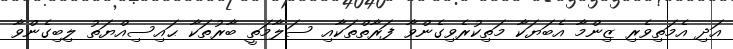
އަދި އެމަތިވެރި ޒިންމާ އެބަޔަކާ މަތިކުރެވިގެންވާ ފަރާތްތަކާއި ސަލާމަތީ ބާރުތަކާ ޙައިސިއްޔަތު ލިބިގެންވާ